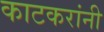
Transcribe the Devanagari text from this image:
काटकरांनी